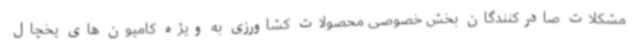
مشکلات صادرکنندگان بخش خصوصی محصولات کشاورزی به ویژه کامیون های یخچال